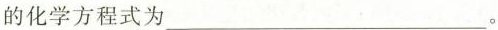
的化学方程式为___。